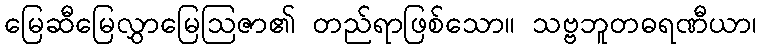
မြေဆီမြေလွှာမြေဩဇာ၏ တည်ရာဖြစ်သော။ သဗ္ဗဘူတဓရဏီယာ၊